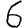
Digit: 6